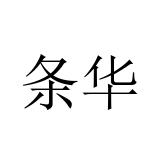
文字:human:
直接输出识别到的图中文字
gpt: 条华